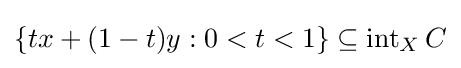
\{tx+(1-t)y:0<t<1\}\subseteq \operatorname {int} _{X}C